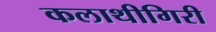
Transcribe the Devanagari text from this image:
कलाथीगिरी